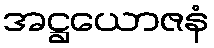
အဋ္ဌယောဇနံ